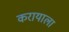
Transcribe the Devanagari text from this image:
करायाला